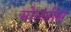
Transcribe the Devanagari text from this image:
मोलसेस